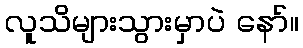
လူသိများသွားမှာပဲ နော်။